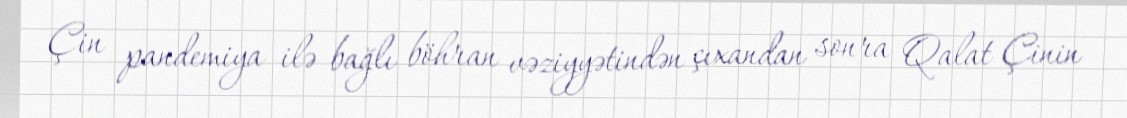
Çin pandemiya ilə bağlı böhran vəziyyətindən çıxandan sonra Qalat Çinin